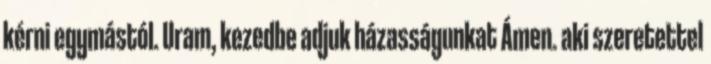
kérni egymástól. Uram, kezedbe adjuk házasságunkat Ámen. aki szeretettel